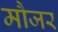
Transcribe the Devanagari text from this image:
मौजर